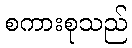
စကားစုသည်